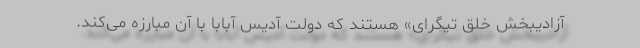
آزادیبخش خلق تیگرای» هستند که دولت آدیس‌ آبابا با آن مبارزه می‌کند.